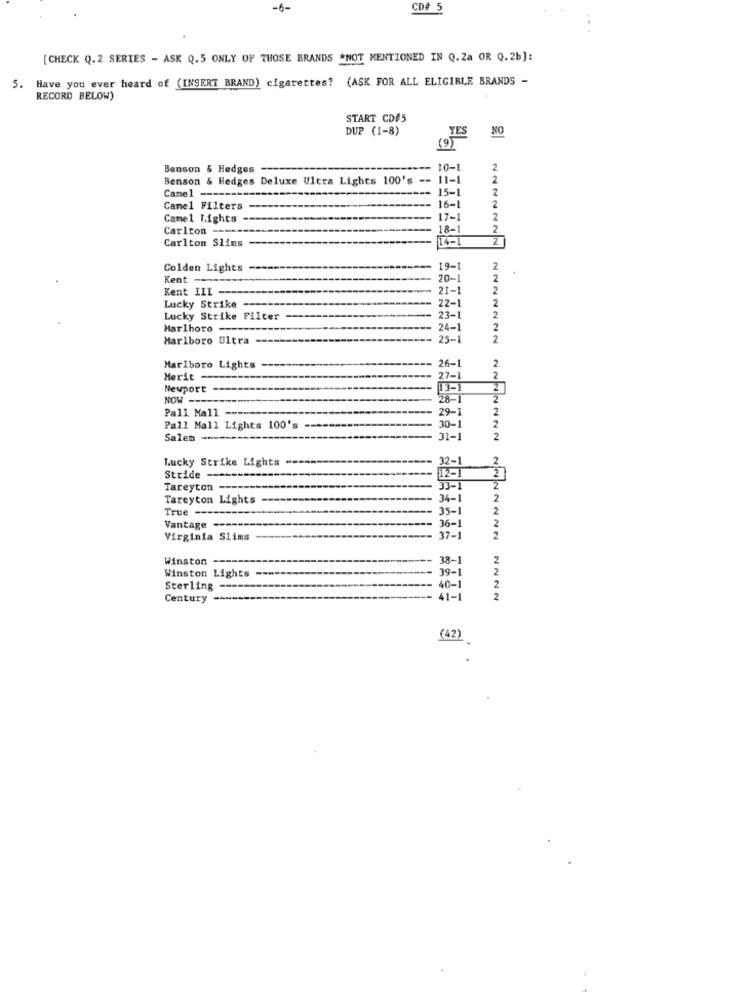
-6-
CD# 5
[CHECK Q. 2 SERIES - ASK Q.5 ONLY OF THOSE BRANDS *NOT MENTIONED IN Q.2a OR Q.2b]:
Have you ever heard of (INSERT BRAND) cigarettes? (ASK FOR ALL ELIGIBLE BRANDS -
5.
RECORD BELOW)
START CD#5
DUP (1-8)
YES
NO
(9)
Benson & Hedges
10-1
2
Benson & Hedges Deluxe Ultra Lights 100's --
11-1
2
Came1 ----
15-1
2
Camel Filters
16-1
2
Camel Lights
17-1
2
Carlton --
18-1
2
Carlton Slims
2
Golden Lights
19-1
2
Kent --
20-1
2
Kent III -
21-1
2
22-1
2
Lucky Strike
Lucky Strike Filter
23-1
2
Marlboro ---
24-1
2
Marlboro Ultra
25-1
2
Marlboro Lights
26-1
2
Merit -
27-1
2
Newport
13-1
2
NOW ----
28-1
2
Pall Mall ---
29-1
2
Pall Mall Lights 100's
30-1
2
Sales ----
31-1
2
Lucky Strike Lights
2
12-1
32-1
2
Stride
Tareyton ---
33-1
2
Tareyton Lights
34-1
2
True ------
35-1
2
36-1
2
Vantage ---
Virginia Slims
37-
2
Winston --
38-1
2
39-1
2
Winston Lights
2
Sterling
40-1
Century
41-1
2
(42)